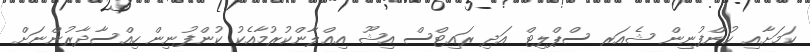
ކަމަށާއި ކުންފުނިން ޝެއަރ ސްޕްލިޓް އަދި ރައިޓްސް އިޝޫ އިޢްލާންކުރުމާއެކު ކުންފުނިން ހިއްސާދާރުންނަށް